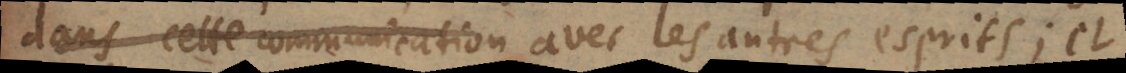
se communiquera avec les autres esprits; et